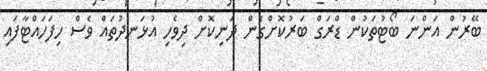
ބޭރުން އަންނަ ބޯޓުތަކުން ޑްރަގް ބަރުކޮށްގެން ދަނިކޮށް ދިވެހި އުޅަނދުތައް ވެސް ހިފަހައްޓާފައި